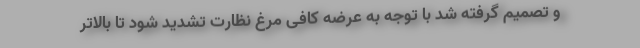
و تصمیم گرفته شد با توجه به عرضه کافی مرغ نظارت تشدید شود تا بالاتر